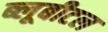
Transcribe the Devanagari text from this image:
ब्‍लूबीटल